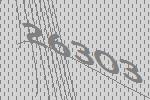
26303